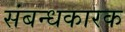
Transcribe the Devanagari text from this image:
संबन्धकारक